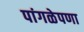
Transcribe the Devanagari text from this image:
पांगळेपणा